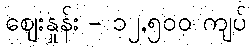
ဈေးနှုန်း - ၁၂,၅၀၀ ကျပ်